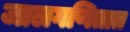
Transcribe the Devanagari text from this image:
जालगणितात